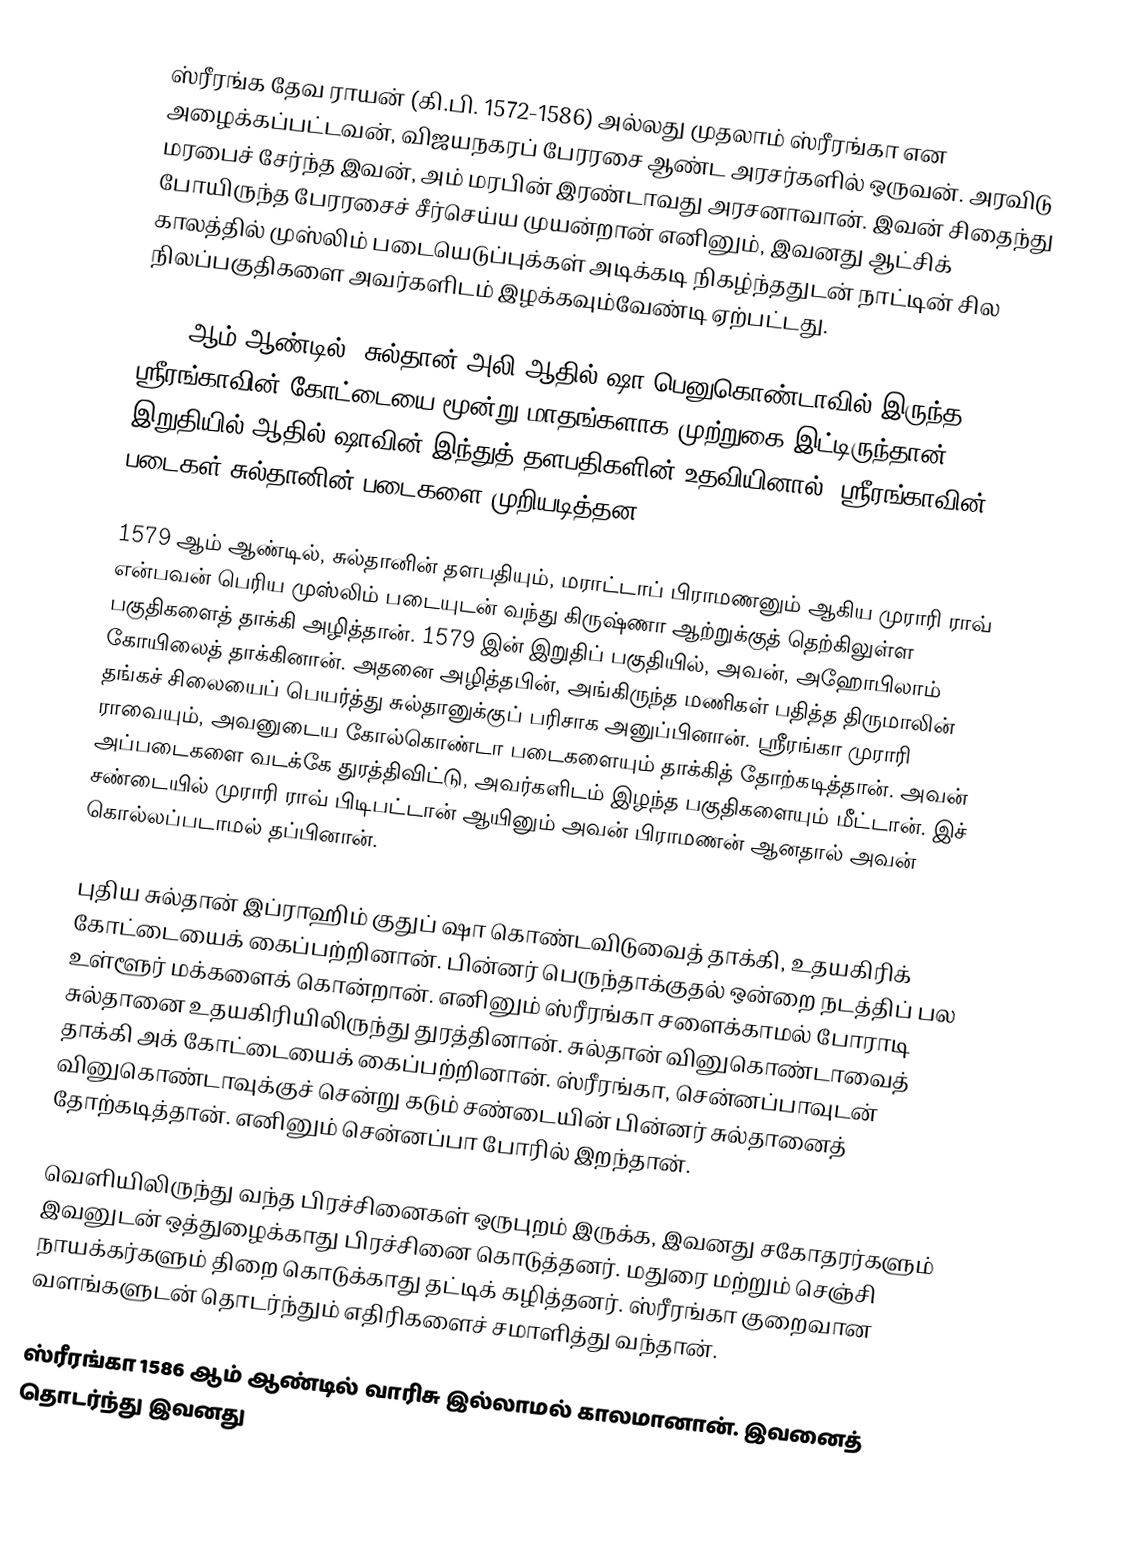
ஸ்ரீரங்க தேவ ராயன் (கி.பி. 1572-1586) அல்லது முதலாம் ஸ்ரீரங்கா என அழைக்கப்பட்டவன், விஜயநகரப் பேரரசை ஆண்ட அரசர்களில் ஒருவன். அரவிடு மரபைச் சேர்ந்த இவன், அம் மரபின் இரண்டாவது அரசனாவான். இவன் சிதைந்து போயிருந்த பேரரசைச் சீர்செய்ய முயன்றான் எனினும், இவனது ஆட்சிக் காலத்தில் முஸ்லிம் படையெடுப்புக்கள் அடிக்கடி நிகழ்ந்ததுடன் நாட்டின் சில நிலப்பகுதிகளை அவர்களிடம் இழக்கவும்வேண்டி ஏற்பட்டது.

1576 ஆம் ஆண்டில், சுல்தான் அலி ஆதில் ஷா பெனுகொண்டாவில் இருந்த ஸ்ரீரங்காவின் கோட்டையை மூன்று மாதங்களாக முற்றுகை இட்டிருந்தான். இறுதியில் ஆதில் ஷாவின் இந்துத் தளபதிகளின் உதவியினால். ஸ்ரீரங்காவின் படைகள் சுல்தானின் படைகளை முறியடித்தன.

1579 ஆம் ஆண்டில், சுல்தானின் தளபதியும், மராட்டாப் பிராமணனும் ஆகிய முராரி ராவ் என்பவன் பெரிய முஸ்லிம் படையுடன் வந்து கிருஷ்ணா ஆற்றுக்குத் தெற்கிலுள்ள பகுதிகளைத் தாக்கி அழித்தான். 1579 இன் இறுதிப் பகுதியில், அவன், அஹோபிலாம் கோயிலைத் தாக்கினான். அதனை அழித்தபின், அங்கிருந்த மணிகள் பதித்த திருமாலின் தங்கச் சிலையைப் பெயர்த்து சுல்தானுக்குப் பரிசாக அனுப்பினான். ஸ்ரீரங்கா முராரி ராவையும், அவனுடைய கோல்கொண்டா படைகளையும் தாக்கித் தோற்கடித்தான். அவன் அப்படைகளை வடக்கே துரத்திவிட்டு, அவர்களிடம் இழந்த பகுதிகளையும் மீட்டான். இச் சண்டையில் முராரி ராவ் பிடிபட்டான் ஆயினும் அவன் பிராமணன் ஆனதால் அவன் கொல்லப்படாமல் தப்பினான்.

புதிய சுல்தான் இப்ராஹிம் குதுப் ஷா கொண்டவிடுவைத் தாக்கி, உதயகிரிக் கோட்டையைக் கைப்பற்றினான். பின்னர் பெருந்தாக்குதல் ஒன்றை நடத்திப் பல உள்ளூர் மக்களைக் கொன்றான். எனினும் ஸ்ரீரங்கா சளைக்காமல் போராடி சுல்தானை உதயகிரியிலிருந்து துரத்தினான். சுல்தான் வினுகொண்டாவைத் தாக்கி அக் கோட்டையைக் கைப்பற்றினான். ஸ்ரீரங்கா, சென்னப்பாவுடன் வினுகொண்டாவுக்குச் சென்று கடும் சண்டையின் பின்னர் சுல்தானைத் தோற்கடித்தான். எனினும் சென்னப்பா போரில் இறந்தான்.

வெளியிலிருந்து வந்த பிரச்சினைகள் ஒருபுறம் இருக்க, இவனது சகோதரர்களும் இவனுடன் ஒத்துழைக்காது பிரச்சினை கொடுத்தனர். மதுரை மற்றும் செஞ்சி நாயக்கர்களும் திறை கொடுக்காது தட்டிக் கழித்தனர். ஸ்ரீரங்கா குறைவான வளங்களுடன் தொடர்ந்தும் எதிரிகளைச் சமாளித்து வந்தான்.

ஸ்ரீரங்கா 1586 ஆம் ஆண்டில் வாரிசு இல்லாமல் காலமானான். இவனைத் தொடர்ந்து இவனது